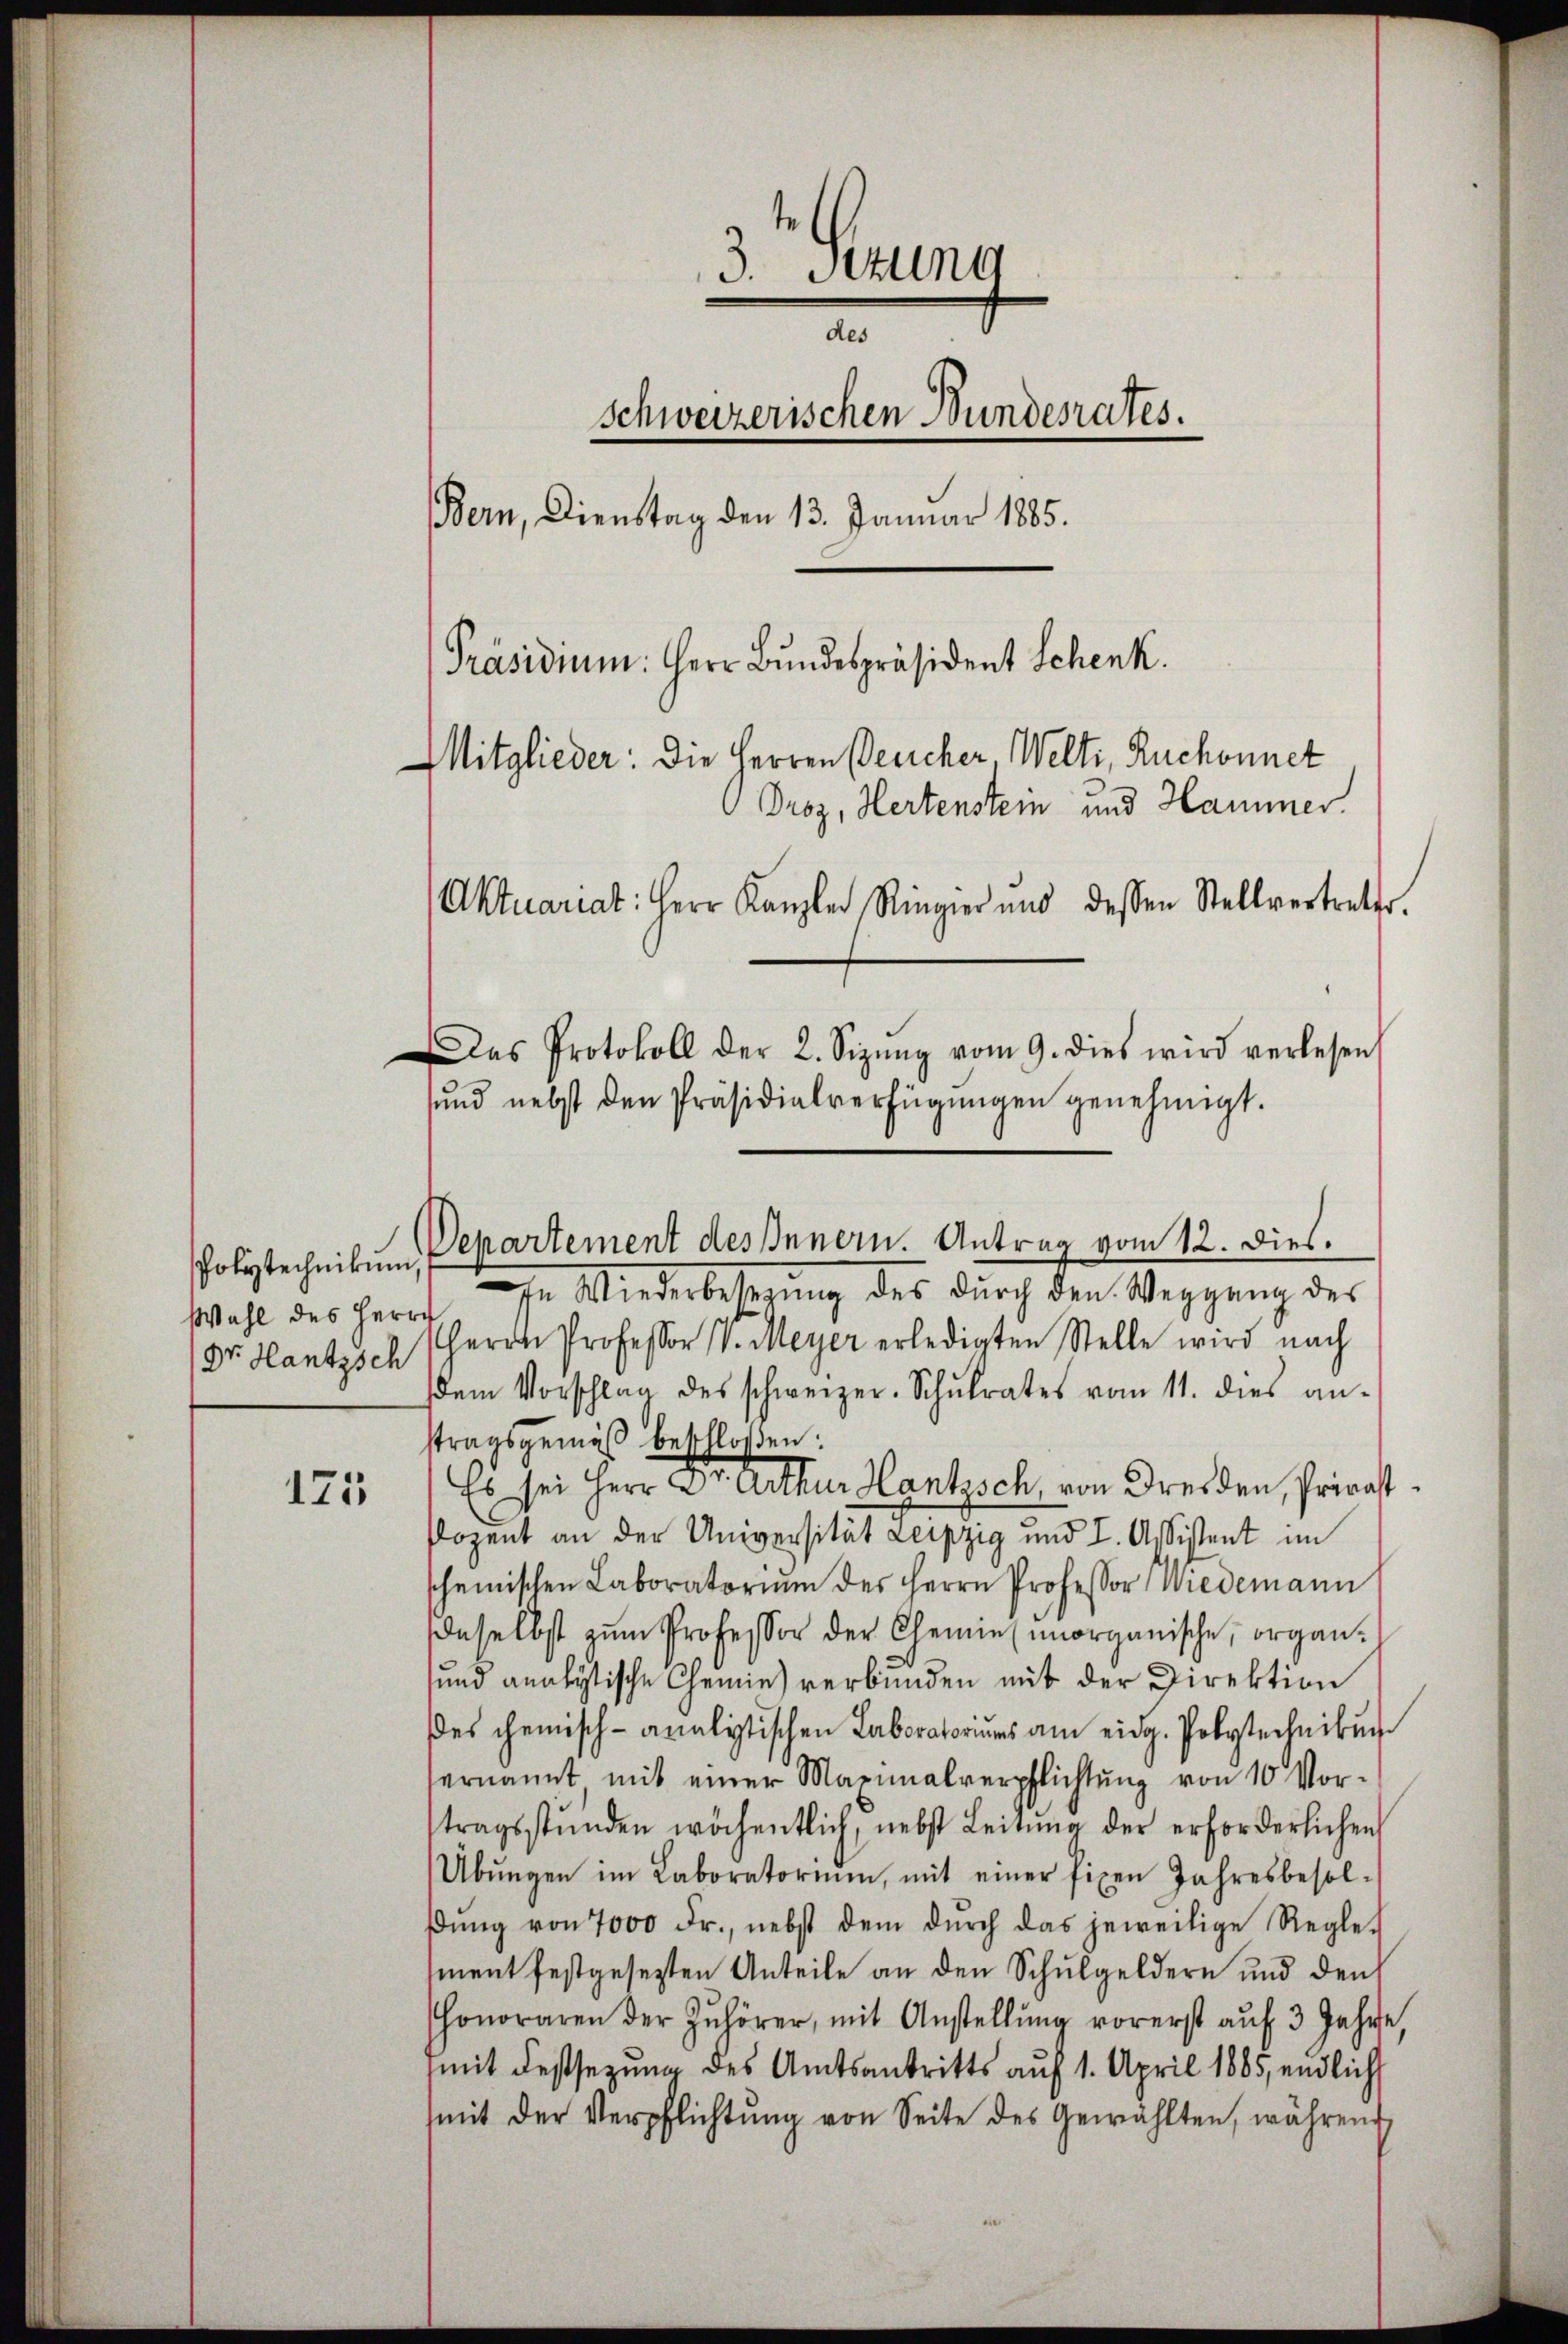
Polytechnikum
Wahl des Herrn
Dr. Hantzsch

175

3. Sitzung
des
schweizerischen Bundesrates.
Bern, Dienstag den 13. Januar 1885.
[Präsidium. Herr Bundespräsident Schenk.
Mitglieder: Die Herren Deucher, Welti, Ruchonnet
 Droz, Hertenstein und Hammer
Aktuariat: Herr Kanzler Ringier und dessen Stellvertreter.
Das Protokoll der 2. Sizŭng vom 9. dies wird verlesen
sund nebst den Präsidialverfügungen genehmigt.

Departement des Innern. Antrag vom 12. Dies.
In Wiederbesezung des dŭrch den Weggang des
Herrn Professor V. Meyer erledigten Stelle wird nach
dem Vorschlag des schweizer. Schŭlrates vom 11. dies an-
stragsgemäβ beschloßen:
Es sei Herr Dr. Arthur Hantzsch, von Dresden, Privat¬
Plozent an der Universität Leipzig und I. Assistent im
scheinischen Laboratoriŭm des Herrn Professor Wiedemann
daselbst zŭm Professor der Chemiesorganische, organ¬
und analytische Chemie verbunden mit der Direktion
es chemisch-analistischen Laboratoriums am eidg. Polytecheibung
ernannt mit einer Maximalverpflichtŭng von 10 Vor-
tragsstunden wöchentlich, nebst Leitŭng der erforderlichen
Übŭngen im Laboratorium, mit einer fixen Jahresbesol-
βŭng von 7000 Fr., nebst dem dŭrch das jeweilige Regle-
sment festgesetzten Anteile an den Schulgeldern und den
honoraren der Zŭlörer, mit Anstellŭng vorerst aŭf 3 Jahre
mit Festsezung des Amtsantritts auf 1. April 1885, endlich
mit der Verpflichtŭng von Seite des Gewählten, während